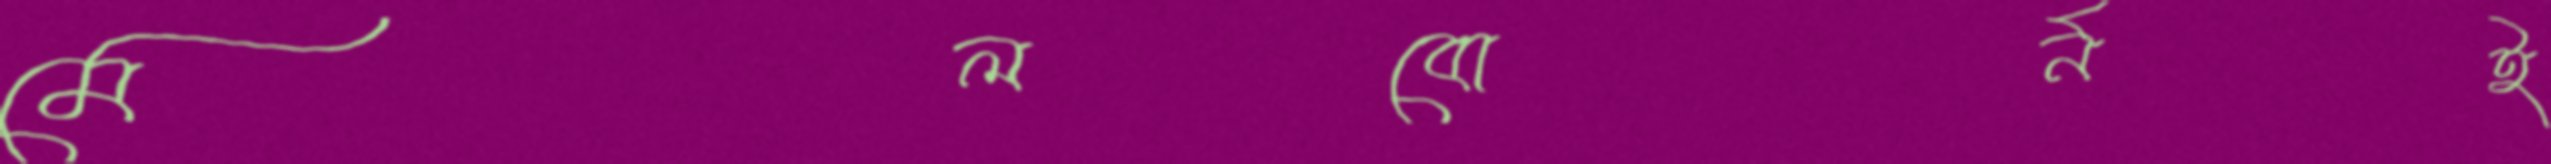
মেলবোর্নই